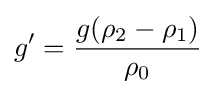
g'={\frac {g(\rho _{2}-\rho _{1})}{\rho _{0}}}